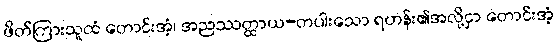
ဖိတ်ကြားသူထံ တောင်းအံ့၊ အညဿတ္ထာယ-တပါးသော ရဟန်း၏အလို့ငှာ တောင်းအံ့